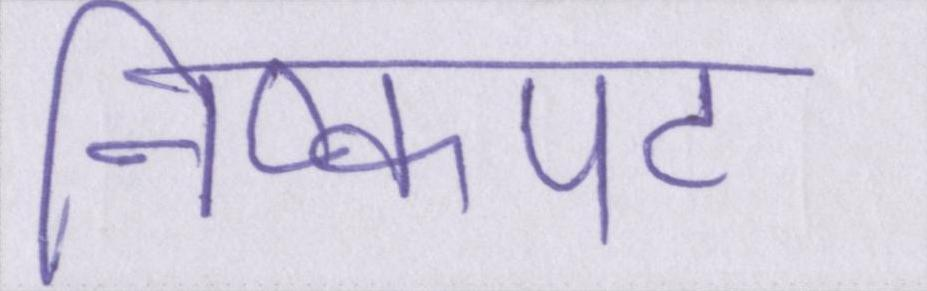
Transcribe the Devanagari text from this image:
निष्कपट